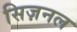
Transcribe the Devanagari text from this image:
सिज़नल